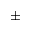
\pm